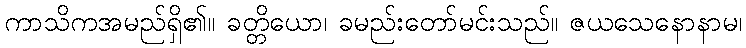
ကာသိကအမည်ရှိ၏။ ခတ္တိယော၊ ခမည်းတော်မင်းသည်။ ဇယသေနောနာမ၊